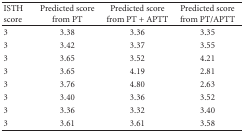
<table><thead><tr><td><b> ISTH score</b></td><td><b>Predicted score from PT</b></td><td><b>Predicted score from PT + APTT</b></td><td><b>Predicted score from PT/APTT</b></td></tr></thead><tbody><tr><td>3</td><td>3.38</td><td>3.36</td><td>3.35</td></tr><tr><td>3</td><td>3.42</td><td>3.37</td><td>3.55</td></tr><tr><td>3</td><td>3.65</td><td>3.52</td><td>4.21</td></tr><tr><td>3</td><td>3.65</td><td>4.19</td><td>2.81</td></tr><tr><td>3</td><td>3.76</td><td>4.80</td><td>2.63</td></tr><tr><td>3</td><td>3.40</td><td>3.36</td><td>3.52</td></tr><tr><td>3</td><td>3.36</td><td>3.32</td><td>3.40</td></tr><tr><td>3</td><td>3.61</td><td>3.61</td><td>3.58</td></tr></tbody></table>